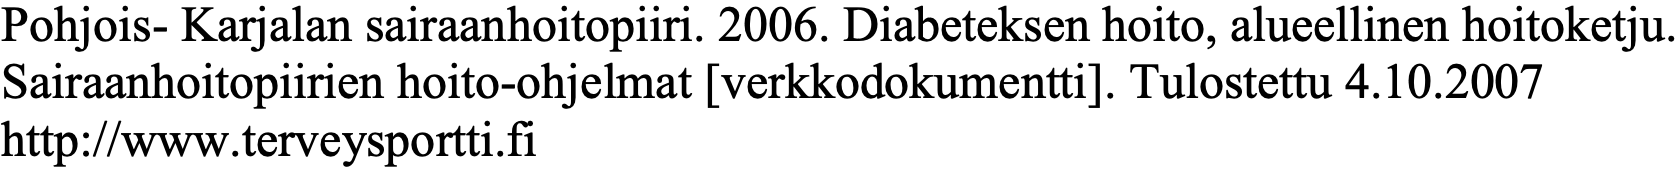
Pohjois- Karjalan sairaanhoitopiiri. 2006. Diabeteksen hoito, alueellinen hoitoketju. Sairaanhoitopiirien hoito-ohjelmat [verkkodokumentti]. Tulostettu 4.10.2007 http://www.terveysportti.fi